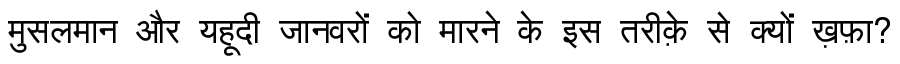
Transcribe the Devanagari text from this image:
मुसलमान और यहूदी जानवरों को मारने के इस तरीक़े से क्यों ख़फ़ा?